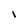
Character: l